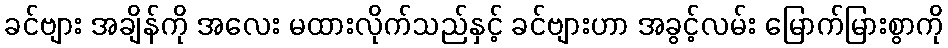
ခင်ဗျား အချိန်ကို အလေး မထားလိုက်သည်နှင့် ခင်ဗျားဟာ အခွင့်လမ်း မြောက်မြားစွာကို